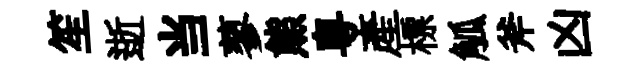
笙逝当蓼熊粵産標觚斧凶